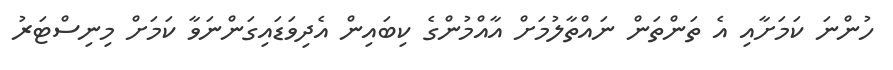
ހުންނަ ކަމަށާއި އެ ތަންތަން ނައްތާލުމަށް އާއްމުންގެ ކިބައިން އެދިވަޑައިގަންނަވާ ކަމަށް މިނިސްޓަރު